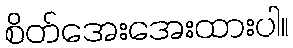
စိတ်အေးအေးထားပါ။